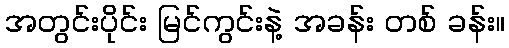
အတွင်းပိုင်း မြင်ကွင်းနဲ့ အခန်း တစ် ခန်း။